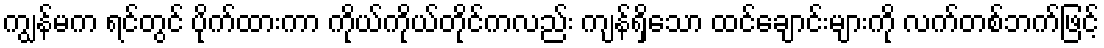
ကျွန်မက ရင်တွင် ပိုက်ထားကာ ကိုယ်ကိုယ်တိုင်ကလည်း ကျန်ရှိသော ထင်ချောင်းများကို လက်တစ်ဘက်ဖြင့်